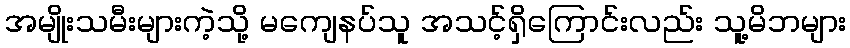
အမျိုးသမီးများကဲ့သို့ မကျေနပ်သူ အသင့်ရှိကြောင်းလည်း သူ့မိဘများ